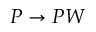
P \rightarrow P W